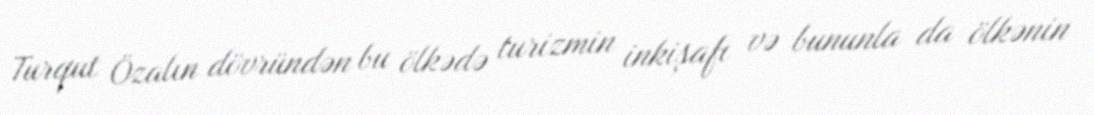
Turqut Özalın dövründən bu ölkədə turizmin inkişafı və bununla da ölkənin